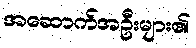
အဆောက်အဦးများ၏